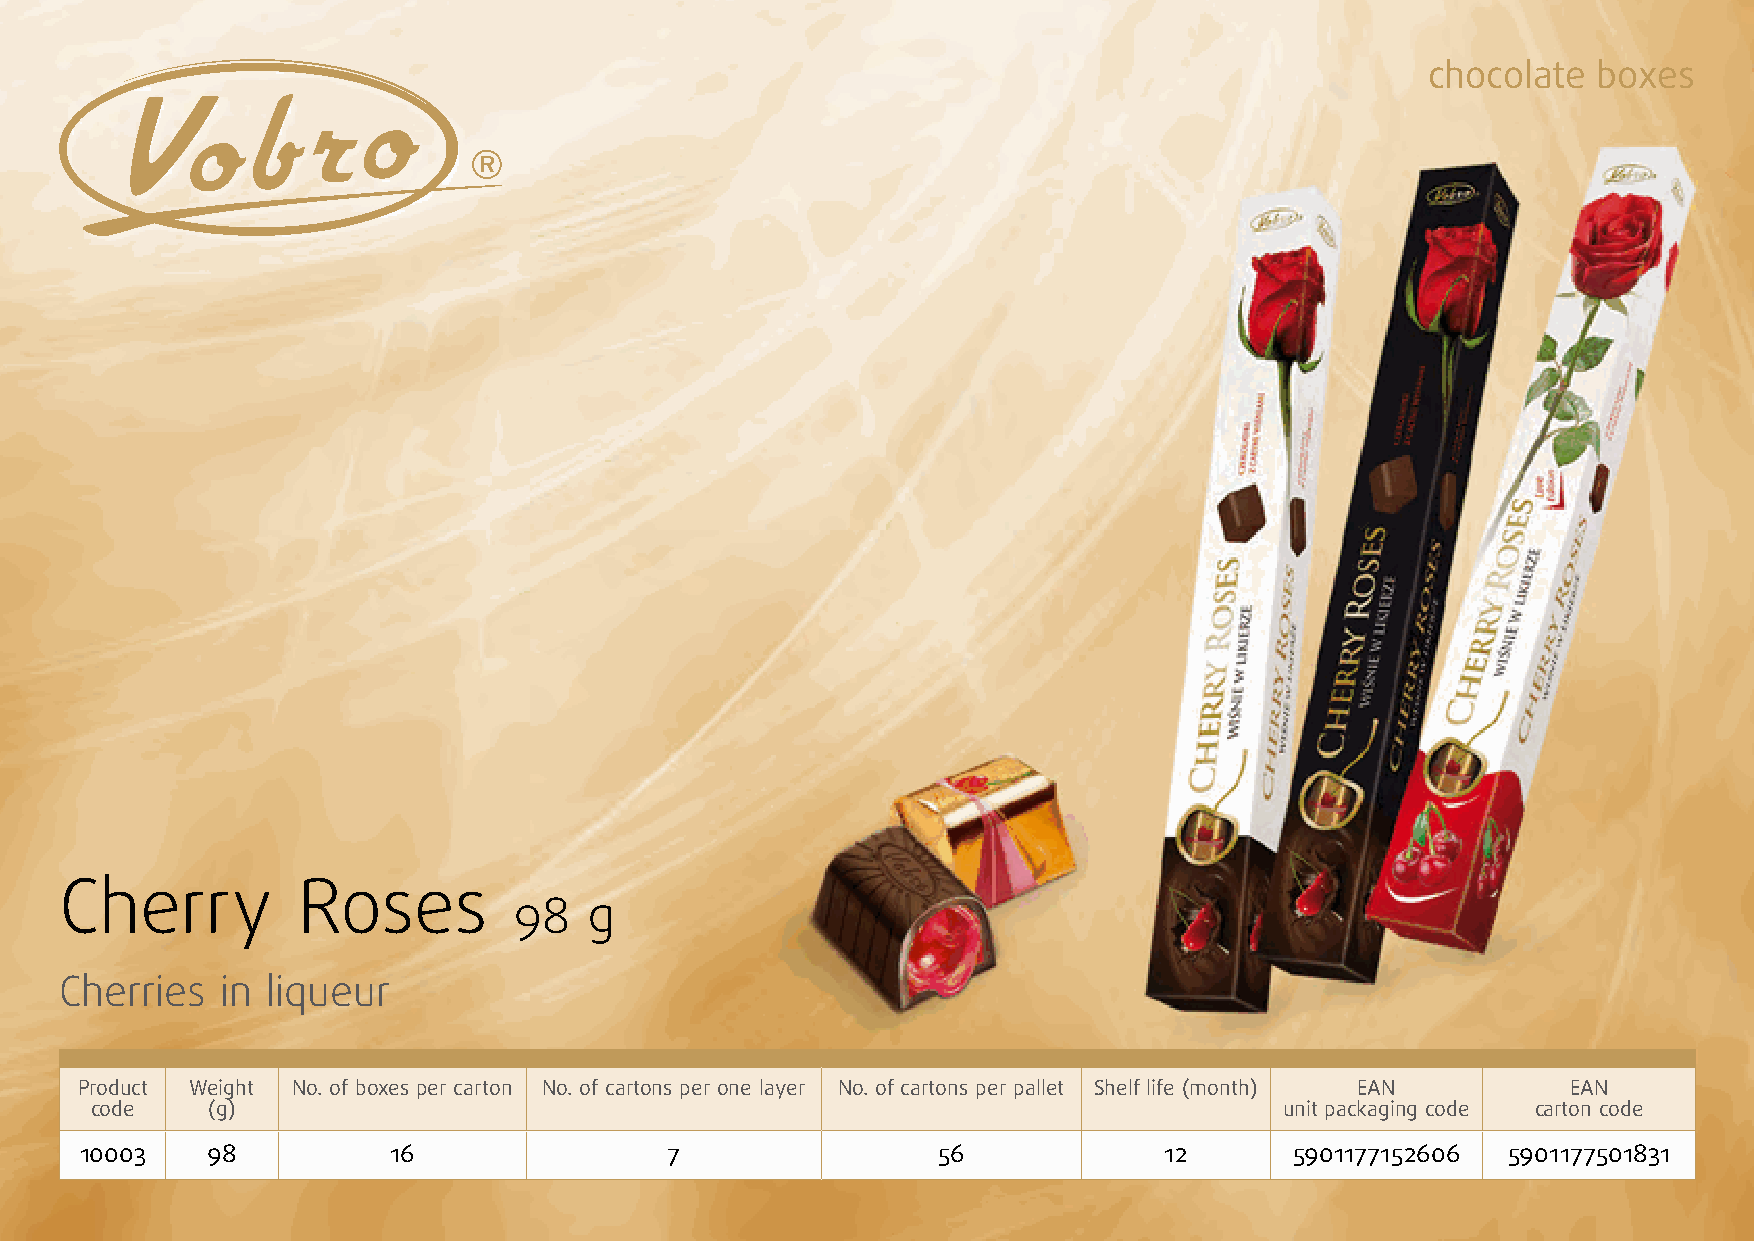
chocolate  boxes
 Cherry          Roses
 98   g
 Cherries   in liqueur
 Product Weight No. of boxes per carton No. of cartons per one layer No. of cartons per pallet Shelf life (month) EAN EAN
 code    (g)                                                                    unit packaging code carton code
 10003    98          16                7                 56             12       5901177152606 5901177501831